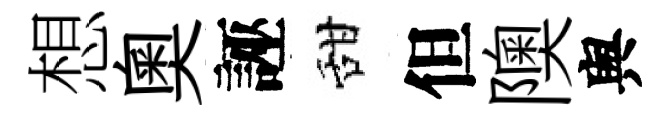
想奥誣甜但隩舆